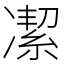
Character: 㓗